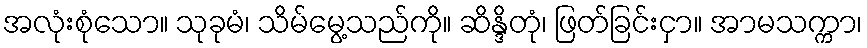
အလုံးစုံသော။ သုခုမံ၊ သိမ်မွေ့သည်ကို။ ဆိန္ဒိတုံ၊ ဖြတ်ခြင်းငှာ။ အာမသက္ကာ၊